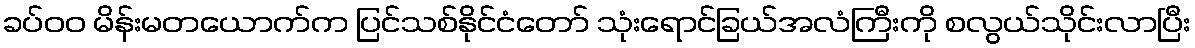
ခပ်၀၀ မိန်းမတယောက်က ပြင်သစ်နိုင်ငံတော် သုံးရောင်ခြယ်အလံကြီးကို စလွယ်သိုင်းလာပြီး